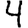
Digit: 4